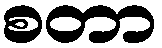
စတာ